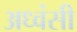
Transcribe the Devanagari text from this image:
अध्वंसी